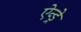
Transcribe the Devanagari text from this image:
ऐन्ड्रे